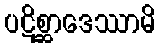
ပဋိစ္ဆာဒေဿာမိ